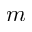
m